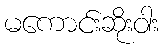
မကောင်းဆိုးဝါး